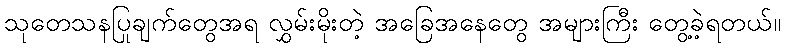
သုတေသနပြုချက်တွေအရ လွှမ်းမိုးတဲ့ အခြေအနေတွေ အများကြီး တွေ့ခဲ့ရတယ်။